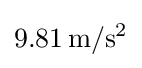
9.81\,\mathrm {m/s^{2}}